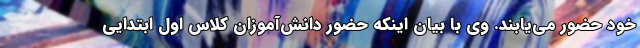
خود حضور می‌یابند. وی با بیان اینکه حضور دانش‌آموزان کلاس اول ابتدایی